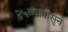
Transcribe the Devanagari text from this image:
२५व्यापासून